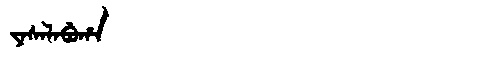
Manchu: ᠶᠠᠰᠠᠯᠠᠪᡠᡥᠠ
Romanization: YASALABUHA